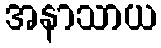
အနာသာယ